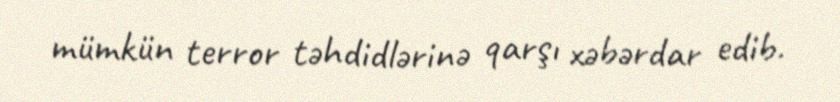
mümkün terror təhdidlərinə qarşı xəbərdar edib.